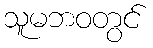
သူမဘဝတွင်